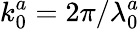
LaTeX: k_{0}^{a}=2\pi/\lambda_{0}^{a}